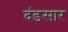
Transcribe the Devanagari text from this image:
दंडसार